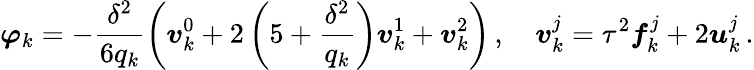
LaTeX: {\boldsymbol{\varphi}}_{k}=-\frac{{\delta}^{2}}{{6}{q}_{k}}\left({\boldsymbol{v}}_{k}^{0}+{2}\left(5+\frac{{\delta}^{2}}{{q}_{k}}\right){\boldsymbol{v}}_{k}^{1}+{\boldsymbol{v}}_{k}^{2}\right)\, ,\quad{\boldsymbol{v}}_{k}^{j}={\tau}^{2}{\boldsymbol{f}}_{k}^{j}+{2}{\boldsymbol{u}}_{k}^{j}\, .